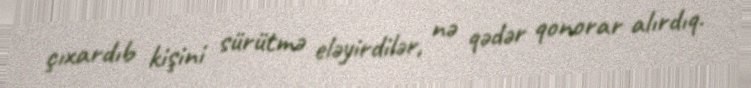
çıxardıb kişini sürütmə eləyirdilər, nə qədər qonorar alırdıq.